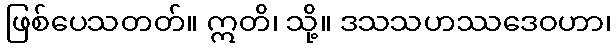
ဖြစ်ပေသတတ်။ ဣတိ၊ သို့။ ဒသသဟဿဒေဝဟာ၊